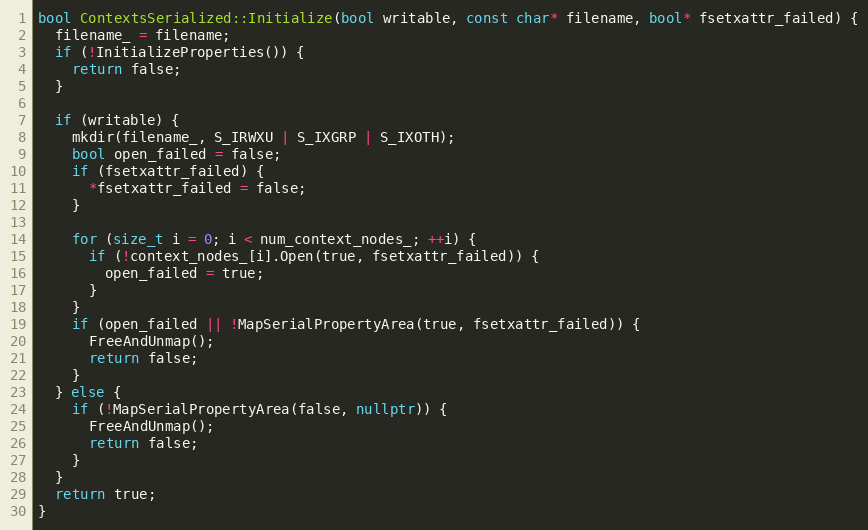
Language: C++
bool ContextsSerialized::Initialize(bool writable, const char* filename, bool* fsetxattr_failed) {
  filename_ = filename;
  if (!InitializeProperties()) {
    return false;
  }

  if (writable) {
    mkdir(filename_, S_IRWXU | S_IXGRP | S_IXOTH);
    bool open_failed = false;
    if (fsetxattr_failed) {
      *fsetxattr_failed = false;
    }

    for (size_t i = 0; i < num_context_nodes_; ++i) {
      if (!context_nodes_[i].Open(true, fsetxattr_failed)) {
        open_failed = true;
      }
    }
    if (open_failed || !MapSerialPropertyArea(true, fsetxattr_failed)) {
      FreeAndUnmap();
      return false;
    }
  } else {
    if (!MapSerialPropertyArea(false, nullptr)) {
      FreeAndUnmap();
      return false;
    }
  }
  return true;
}